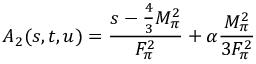
A _ { 2 } ( s , t , u ) = \displaystyle \frac { s - \frac { 4 } { 3 } M _ { \pi } ^ { 2 } } { F _ { \pi } ^ { 2 } } + \alpha \displaystyle \frac { M _ { \pi } ^ { 2 } } { 3 F _ { \pi } ^ { 2 } }